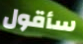
سأقول